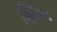
ગિરિન